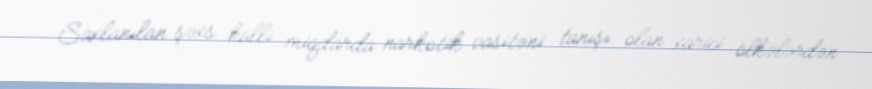
Saxlanılan şəxs külli miqdarda narkotik vasitəni tanışı olan xarici ölkələrdən